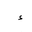
Letter: _hamza